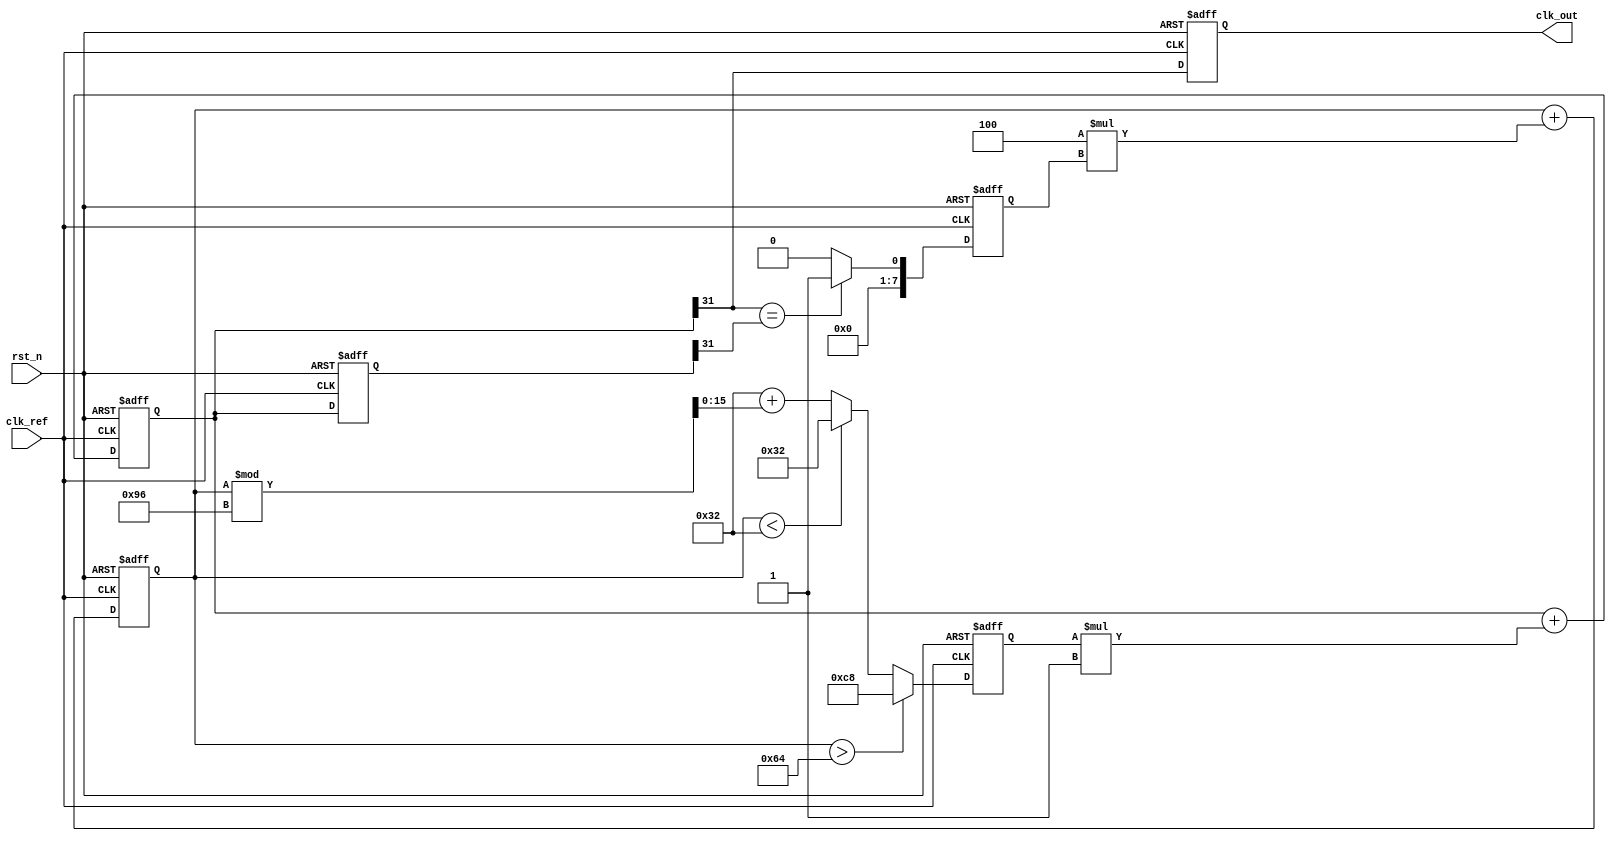
module PLL (
    input wire clk_ref,         // Reference clock input
    input wire rst_n,          // Active low reset
    output reg clk_out         // Output clock
);

// Parameters for VCO and loop filter
parameter VCO_MAX_FREQ = 200; // Maximum VCO frequency
parameter VCO_MIN_FREQ = 50;   // Minimum VCO frequency
parameter Kp = 4;              // Proportional gain
parameter Ki = 1;              // Integral gain
parameter TS = 1;              // Sampling time in ns

// Internal signals
reg [7:0] phase_error;         // Phase error signal
reg [15:0] control_voltage;     // Control voltage from loop filter
reg [15:0] vco_frequency;       // Current frequency of VCO
reg [31:0] vco_counter;         // VCO counter for clock generation
reg [31:0] feedback_counter;    // Feedback counter

// Phase Detector (PD)
always @(posedge clk_ref or negedge rst_n) begin
    if (!rst_n) begin
        phase_error <= 8'b0;
    end else begin
        // Simple XOR based phase comparison
        if (vco_counter[31] == feedback_counter[31]) begin
            phase_error <= 8'b1; // Feedback clock is too fast
        end else begin
            phase_error <= 8'b0; // Feedback clock is too slow
        end
    end
end

// Loop Filter (LF)
always @(posedge clk_ref or negedge rst_n) begin
    if (!rst_n) begin
        control_voltage <= 16'b0;
    end else begin
        control_voltage <= control_voltage + (Kp * phase_error);
    end
end

// Voltage-Controlled Oscillator (VCO)
always @(posedge clk_ref or negedge rst_n) begin
    if (!rst_n) begin
        vco_counter <= 32'b0;
        vco_frequency <= VCO_MIN_FREQ;
    end else begin
        // Adjust the frequency based on control voltage
        if(control_voltage > 16'd100) begin
            vco_frequency <= VCO_MAX_FREQ; // Set max frequency
        end else if(control_voltage < 16'd50) begin
            vco_frequency <= VCO_MIN_FREQ; // Set min frequency
        end else begin
            vco_frequency <= VCO_MIN_FREQ + (control_voltage[15:0] % (VCO_MAX_FREQ - VCO_MIN_FREQ)); // Scale frequency
        end
        vco_counter <= vco_counter + (vco_frequency * TS);
    end
end

// Feedback path 
always @(posedge clk_ref or negedge rst_n) begin
    if (!rst_n) begin
        feedback_counter <= 32'b0;
    end else begin
        feedback_counter <= vco_counter; // Simple feedback based on VCO counter
    end
end

// Output clock generation
always @(posedge clk_ref or negedge rst_n) begin
    if (!rst_n) begin
        clk_out <= 1'b0;
    end else begin
        clk_out <= vco_counter[31]; // Output clock from the VCO counter
    end
end

endmodule